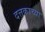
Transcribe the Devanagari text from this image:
दत्तकाच्या